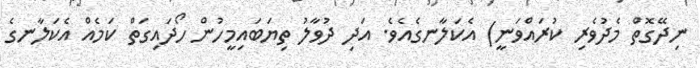
ނިދޭގޮތް މެދުވެރި ކުރައްވަނީ) އެކަލާނގެއެވެ. އަދި ދުވާލު ތިޔަބައިމީހުން ހޯދައިގަތް ކަމެއް އެކަލާނގެ